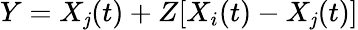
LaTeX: Y=X_{\mathit{j}}(t)+Z[X_{i}(t)-X_{\mathit{j}}(t)]